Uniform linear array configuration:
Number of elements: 4
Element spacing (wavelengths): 0.75
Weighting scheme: cosine
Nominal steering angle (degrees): -45
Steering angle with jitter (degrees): -43.365
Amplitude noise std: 0.05
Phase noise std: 0.05

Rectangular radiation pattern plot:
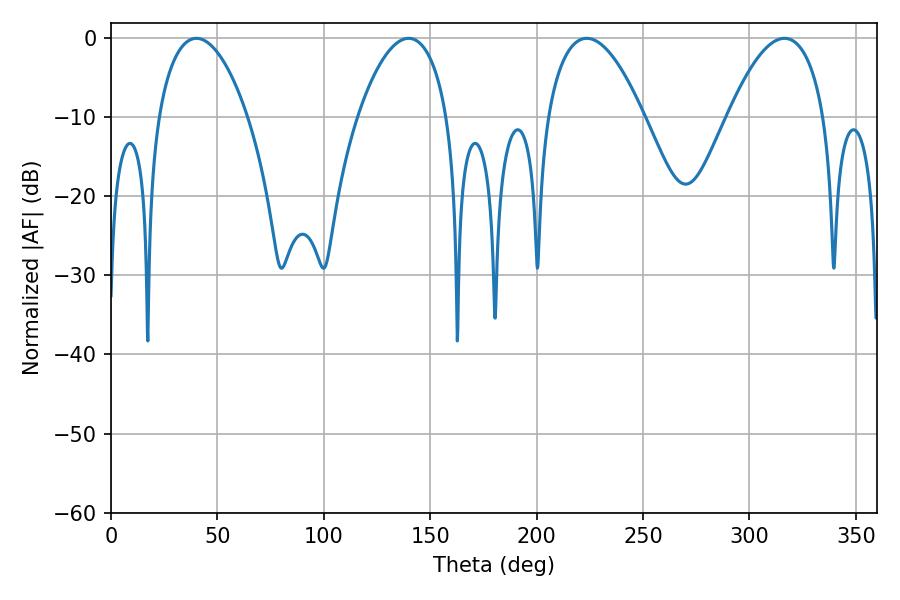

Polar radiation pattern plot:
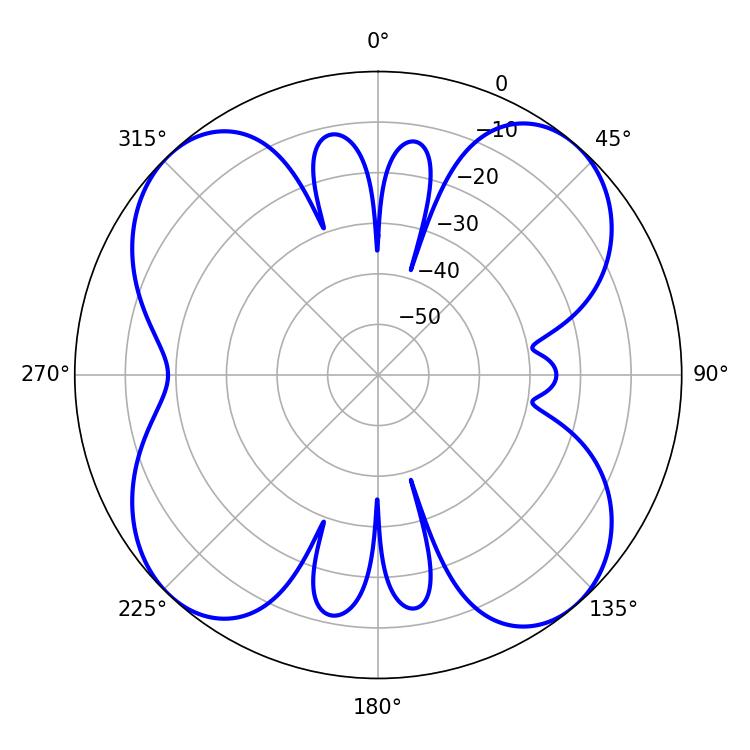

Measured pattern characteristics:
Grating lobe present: TRUE
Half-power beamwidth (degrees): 23.58
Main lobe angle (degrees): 40.14